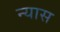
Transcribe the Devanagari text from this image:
न्‍यास